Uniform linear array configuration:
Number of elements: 8
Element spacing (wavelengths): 0.75
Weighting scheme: hamming
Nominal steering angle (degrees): -60
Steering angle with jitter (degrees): -59.654
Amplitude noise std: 0.05
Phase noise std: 0.05

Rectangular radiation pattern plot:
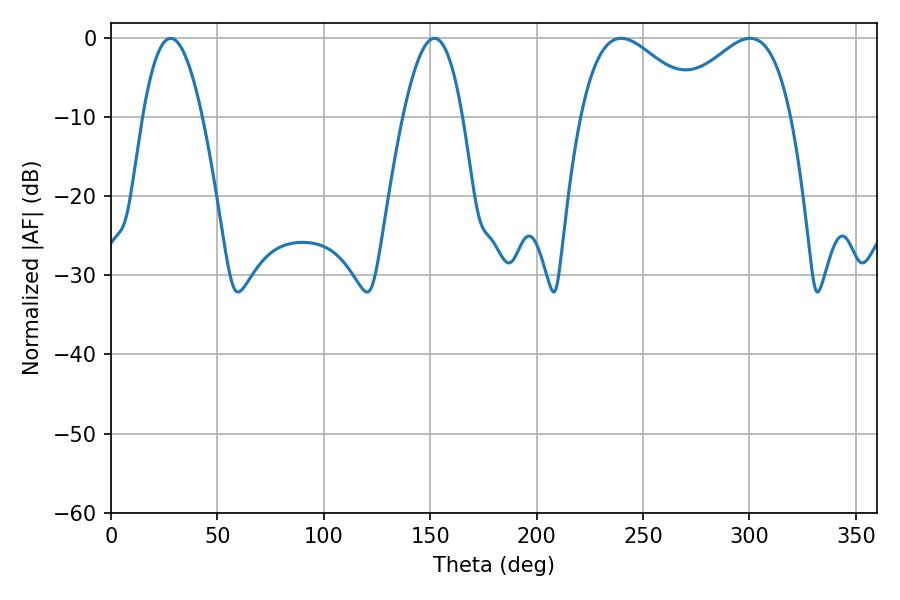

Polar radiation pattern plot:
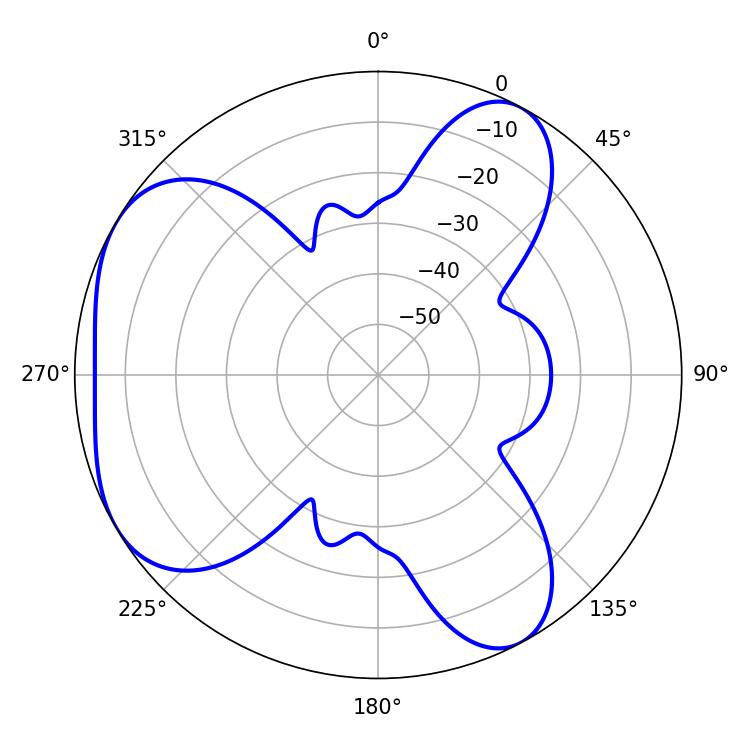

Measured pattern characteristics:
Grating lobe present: TRUE
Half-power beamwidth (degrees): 30.78
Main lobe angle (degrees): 239.76